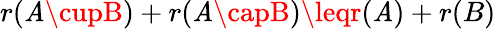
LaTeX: r(\mathit{A}\cupB)+r(\mathit{A}\capB)\leqr(\mathit{A})+r(B)